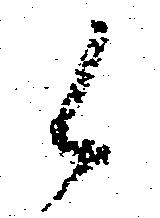
候